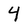
Character: 4